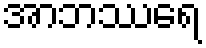
အာဘဿရေ